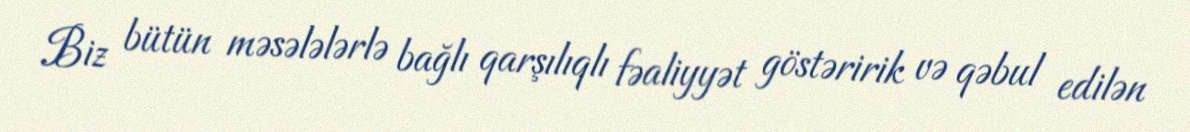
Biz bütün məsələlərlə bağlı qarşılıqlı fəaliyyət göstəririk və qəbul edilən